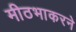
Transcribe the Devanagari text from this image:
मीठभाकरने